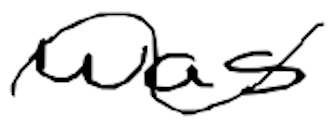
Text: was
Cross-out: wave
Writing tool: digital_black